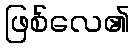
ဖြစ်လေ၏